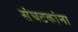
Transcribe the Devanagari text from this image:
संघटकांना